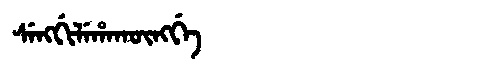
Manchu: ᠰᡝᠩᡤᡳᠯᡝᡥᠠᡴᡡᠩᡤᡝ
Romanization: SENGGILEHAKŪNGGE